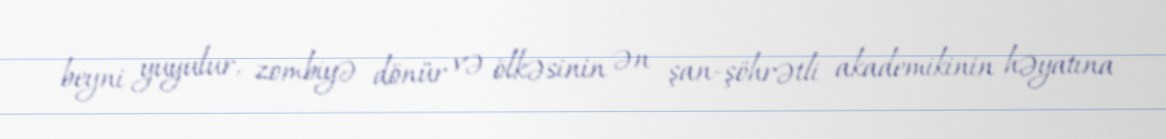
beyni yuyulur, zombiyə dönür və ölkəsinin ən şan-şöhrətli akademikinin həyatına